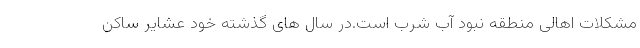
مشکلات اهالی منطقه نبود آب شرب است.در سال های گذشته خود عشایر ساکن